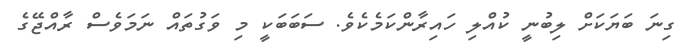
ގިނަ ބަޔަކަށް ލިބުނީ ކުއްލި ހައިރާންކަމެކެވެ. ސަބަބަކީ މި ވަގުތައް ނަމަވެސް ރާއްޖޭގެ